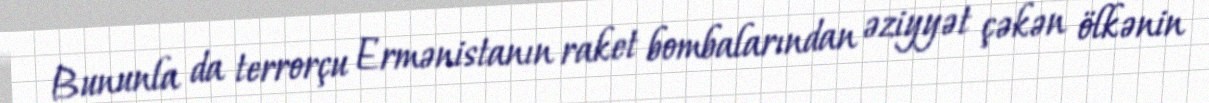
Bununla da terrorçu Ermənistanın raket bombalarından əziyyət çəkən ölkənin